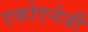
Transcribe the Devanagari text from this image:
एकोएनेर्जी